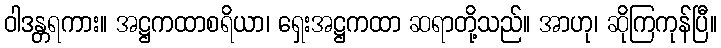
ဝါဒန္တရကား။ အဋ္ဌကထာစရိယာ၊ ရှေးအဋ္ဌကထာ ဆရာတို့သည်။ အာဟု၊ ဆိုကြကုန်ပြီ။